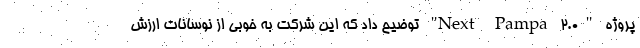
پروژه "Next Pampa ۲.۰" توضیح داد که این شرکت به خوبی از نوسانات ارزش